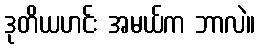
ဒုတိယဟင်း အမယ်က ဘာလဲ။